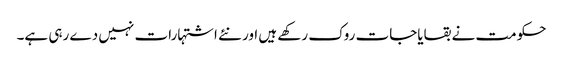
حکومت نے بقایاجات روک رکھے ہیں اور نئے اشتہارات نہیں دے رہی ہے۔